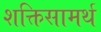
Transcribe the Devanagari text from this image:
शक्तिसामर्थ